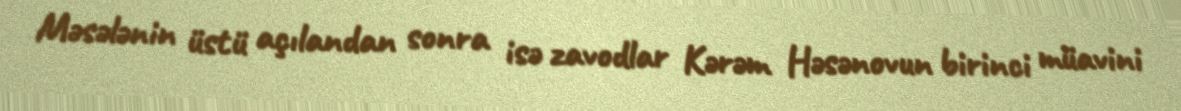
Məsələnin üstü açılandan sonra isə zavodlar Kərəm Həsənovun birinci müavini